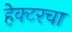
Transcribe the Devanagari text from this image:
हेक्टरचा